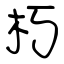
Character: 朽